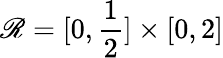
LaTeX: \mathscr{R}=[0,\frac{1}{2}]\times[0,2]